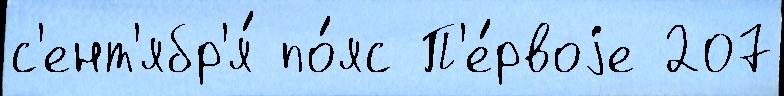
с'ент'ябр'я́ по́яс П'е́рвоjе 207